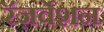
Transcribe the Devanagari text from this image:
रॅज़र्वेशन